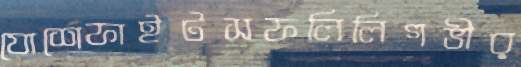
যোশেফাইটসফলিলিগভীর